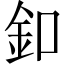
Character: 釦